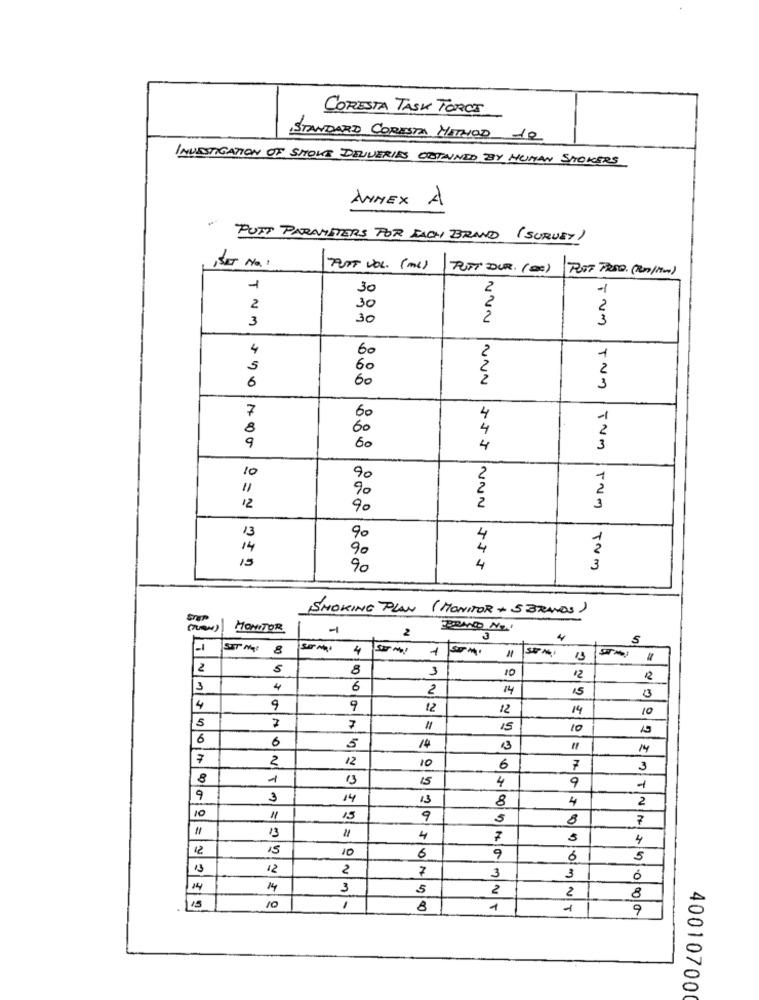
CORESTA TASK TORCI
STANDARD CORESTA METHOD 12
INVESTIGATION OF SHOWS DELIVERIES OBTAINED BY HUMAN SMOKERS
ANNEX A
PUTT PARAMETERS FOR EACH BRAND (SURVEY)
FURT VOL. ( ml) TUTT DUR. (DE) POST PRESO. (RM/Mm)
1
30
2
30
3
30
NUN
Tum
4
60
5
60
6
60
NNN
TUM
7
4
8
4
9
880
4
TUM
10
90
"1
90
12
90
NUN
TUM
13
90
14
90
15
90
4
JJJ
TUM
SMOKING PLAN (MONITOR + 5BRANDS)
MONITOR
2
4
S
SIT My: 8
4
1
13
STM:
2
5
8
1
10
12
12
3
4
6
2
14
15
3
4
9
12
12
14
5
15
10
15
6
6
5
14
13
14
7
N
12
10
6
7
3
8
1
13
15
4
9
1
9
3
14
13
8
4
2
10
11
15
9
8
7
=
"1
4
7
4
12
5
10
6
9
6
5
13
#2
2
7
3
3
1.4
14
3
5
2
15
8
T
NT
9
400107000